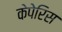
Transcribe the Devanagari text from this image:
केपेरिस